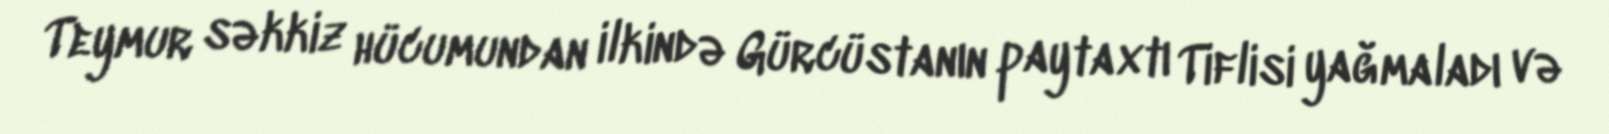
Teymur səkkiz hücumundan ilkində Gürcüstanın paytaxtı Tiflisi yağmaladı və